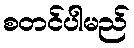
စတင်ပါမည်